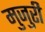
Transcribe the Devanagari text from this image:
मुजुरी